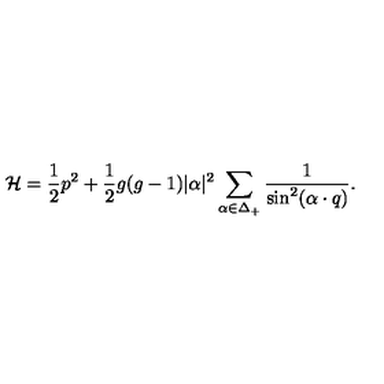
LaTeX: { \cal H } = { \frac { 1 } { 2 } } p ^ { 2 } + { \frac { 1 } { 2 } } g ( g - 1 ) | \alpha | ^ { 2 } \sum _ { \alpha \in \Delta _ { + } } { \frac { 1 } { \sin ^ { 2 } ( \alpha \cdot q ) } } .